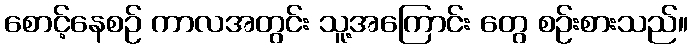
စောင့်နေစဉ် ကာလအတွင်း သူ့အကြောင်း တွေ စဉ်းစားသည်။